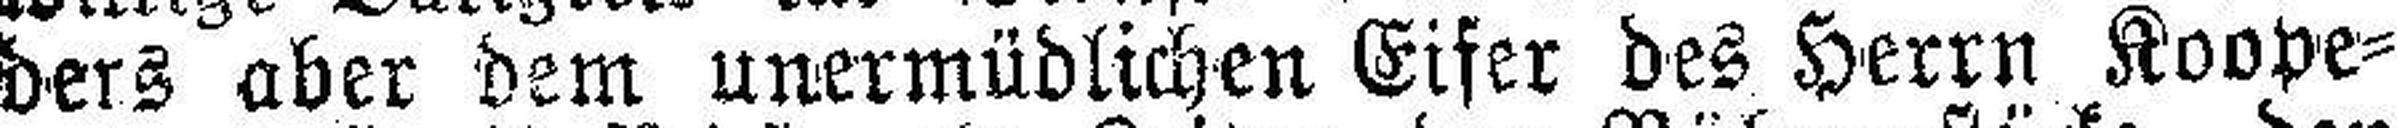
ders aber dem unermüdlichen Eifer des Herrn Koope¬